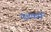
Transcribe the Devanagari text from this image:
यज्ञकर्मे